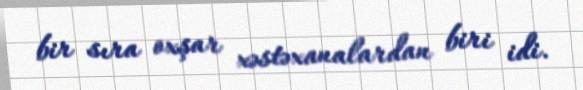
bir sıra oxşar xəstəxanalardan biri idi.